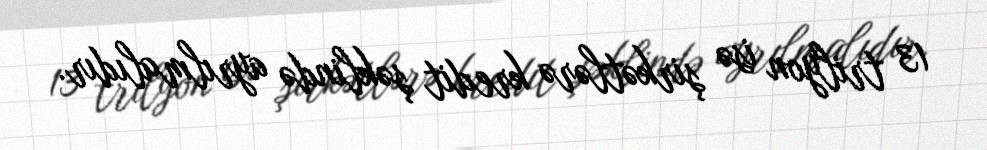
13 trilyon isə şirkətlərə kredit şəklində ayrılmalıdır.